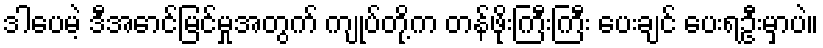
ဒါပေမဲ့ ဒီအောင်မြင်မှုအတွက် ကျုပ်တို့က တန်ဖိုးကြီးကြီး ပေးချင် ပေးရဦးမှာပဲ။